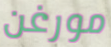
مورغن